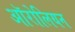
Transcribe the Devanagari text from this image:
ऑरोलियन